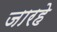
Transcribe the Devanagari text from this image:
जारहे